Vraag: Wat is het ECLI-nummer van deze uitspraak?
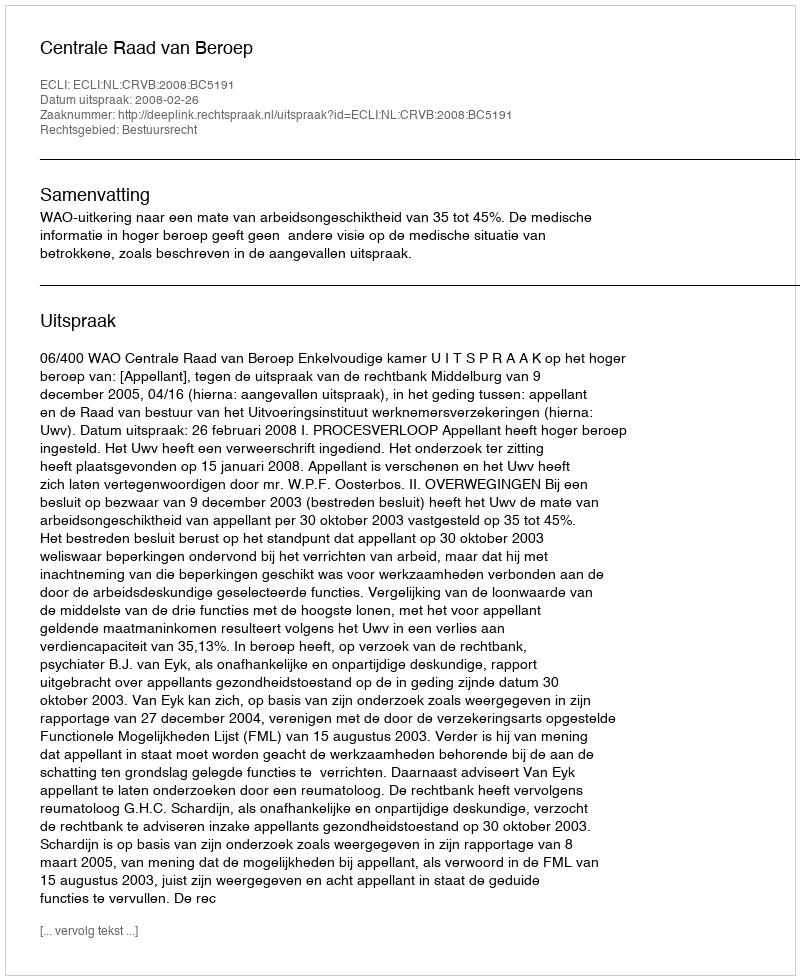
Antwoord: ECLI:NL:CRVB:2008:BC5191